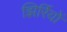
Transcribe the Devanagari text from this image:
झिर्रियों